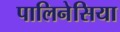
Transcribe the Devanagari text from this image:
पालिनेसिया